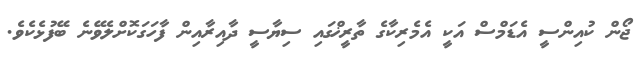
ޖޯން ކުއިންސީ އެޑަމްސް އަކީ އެމެރިކާގެ ތާރީޚްގައި ސިޔާސީ ދާއިރާއިން ފާހަގަކޮށްލެވޭނެ ބޭފުޅެކެވެ.